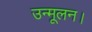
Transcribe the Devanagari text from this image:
उन्मूलन।